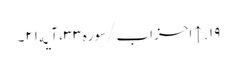
۱۹. ↑ احزاب/سوره۳۳، آیه۲۱۔